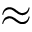
\approx